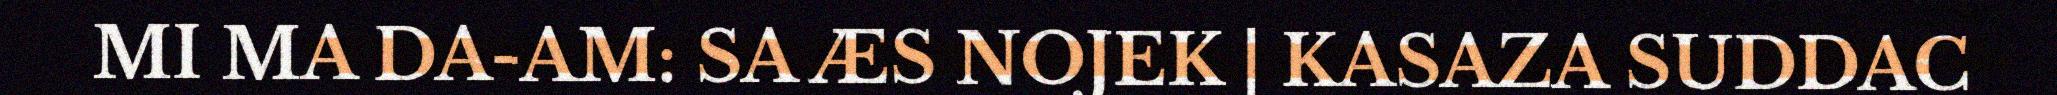
MI MA DA-AM: SA ÆS NOJEK | KASAZA SUDDAC